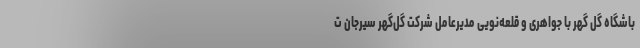
باشگاه گل گهر با جواهری و قلعه‌نویی مدیرعامل شرکت گل‌گهر سیرجان ت